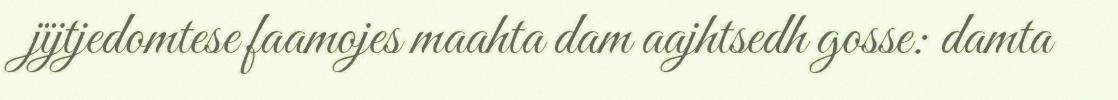
jïjtjedomtese faamojes maahta dam aajhtsedh gosse: damta